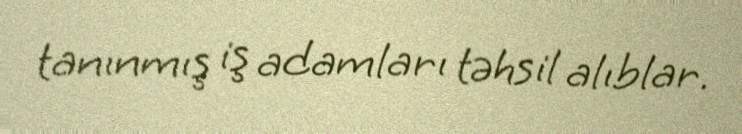
tanınmış iş adamları təhsil alıblar.